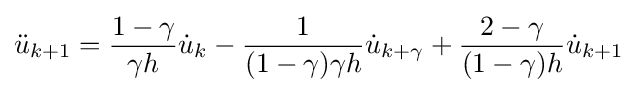
{\ddot {u}}_{k+1}={\frac {1-\gamma }{\gamma h}}{\dot {u}}_{k}-{\frac {1}{(1-\gamma )\gamma h}}{\dot {u}}_{k+\gamma }+{\frac {2-\gamma }{(1-\gamma )h}}{\dot {u}}_{k+1}